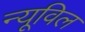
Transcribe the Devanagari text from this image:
न्यूविल